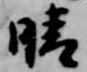
晴